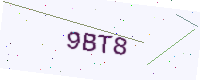
Text: 9BT8